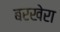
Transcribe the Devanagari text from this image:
बरखेरा